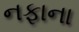
નફાના